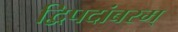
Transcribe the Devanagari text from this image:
द्विपदांबरम्